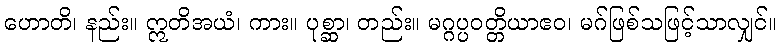
ဟောတိ၊ နည်း။ ဣတိအယံ၊ ကား။ ပုစ္ဆာ၊ တည်း။ မဂ္ဂပ္ပဝတ္တိယာဧဝ၊ မဂ်ဖြစ်သဖြင့်သာလျှင်။